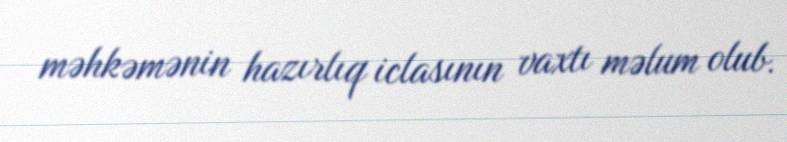
məhkəmənin hazırlıq iclasının vaxtı məlum olub.